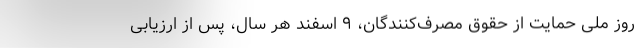
روز ملی حمایت از حقوق مصرف‌کنندگان، ۹ اسفند هر سال، پس از ارزیابی